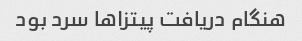
هنگام دریافت پیتزاها سرد بود